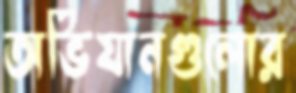
অভিযানগুলোর